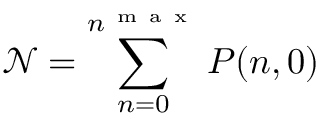
\mathcal { N } = \sum _ { n = 0 } ^ { n ^ { \mathrm { ~ m ~ a ~ x ~ } } } P ( n , 0 )